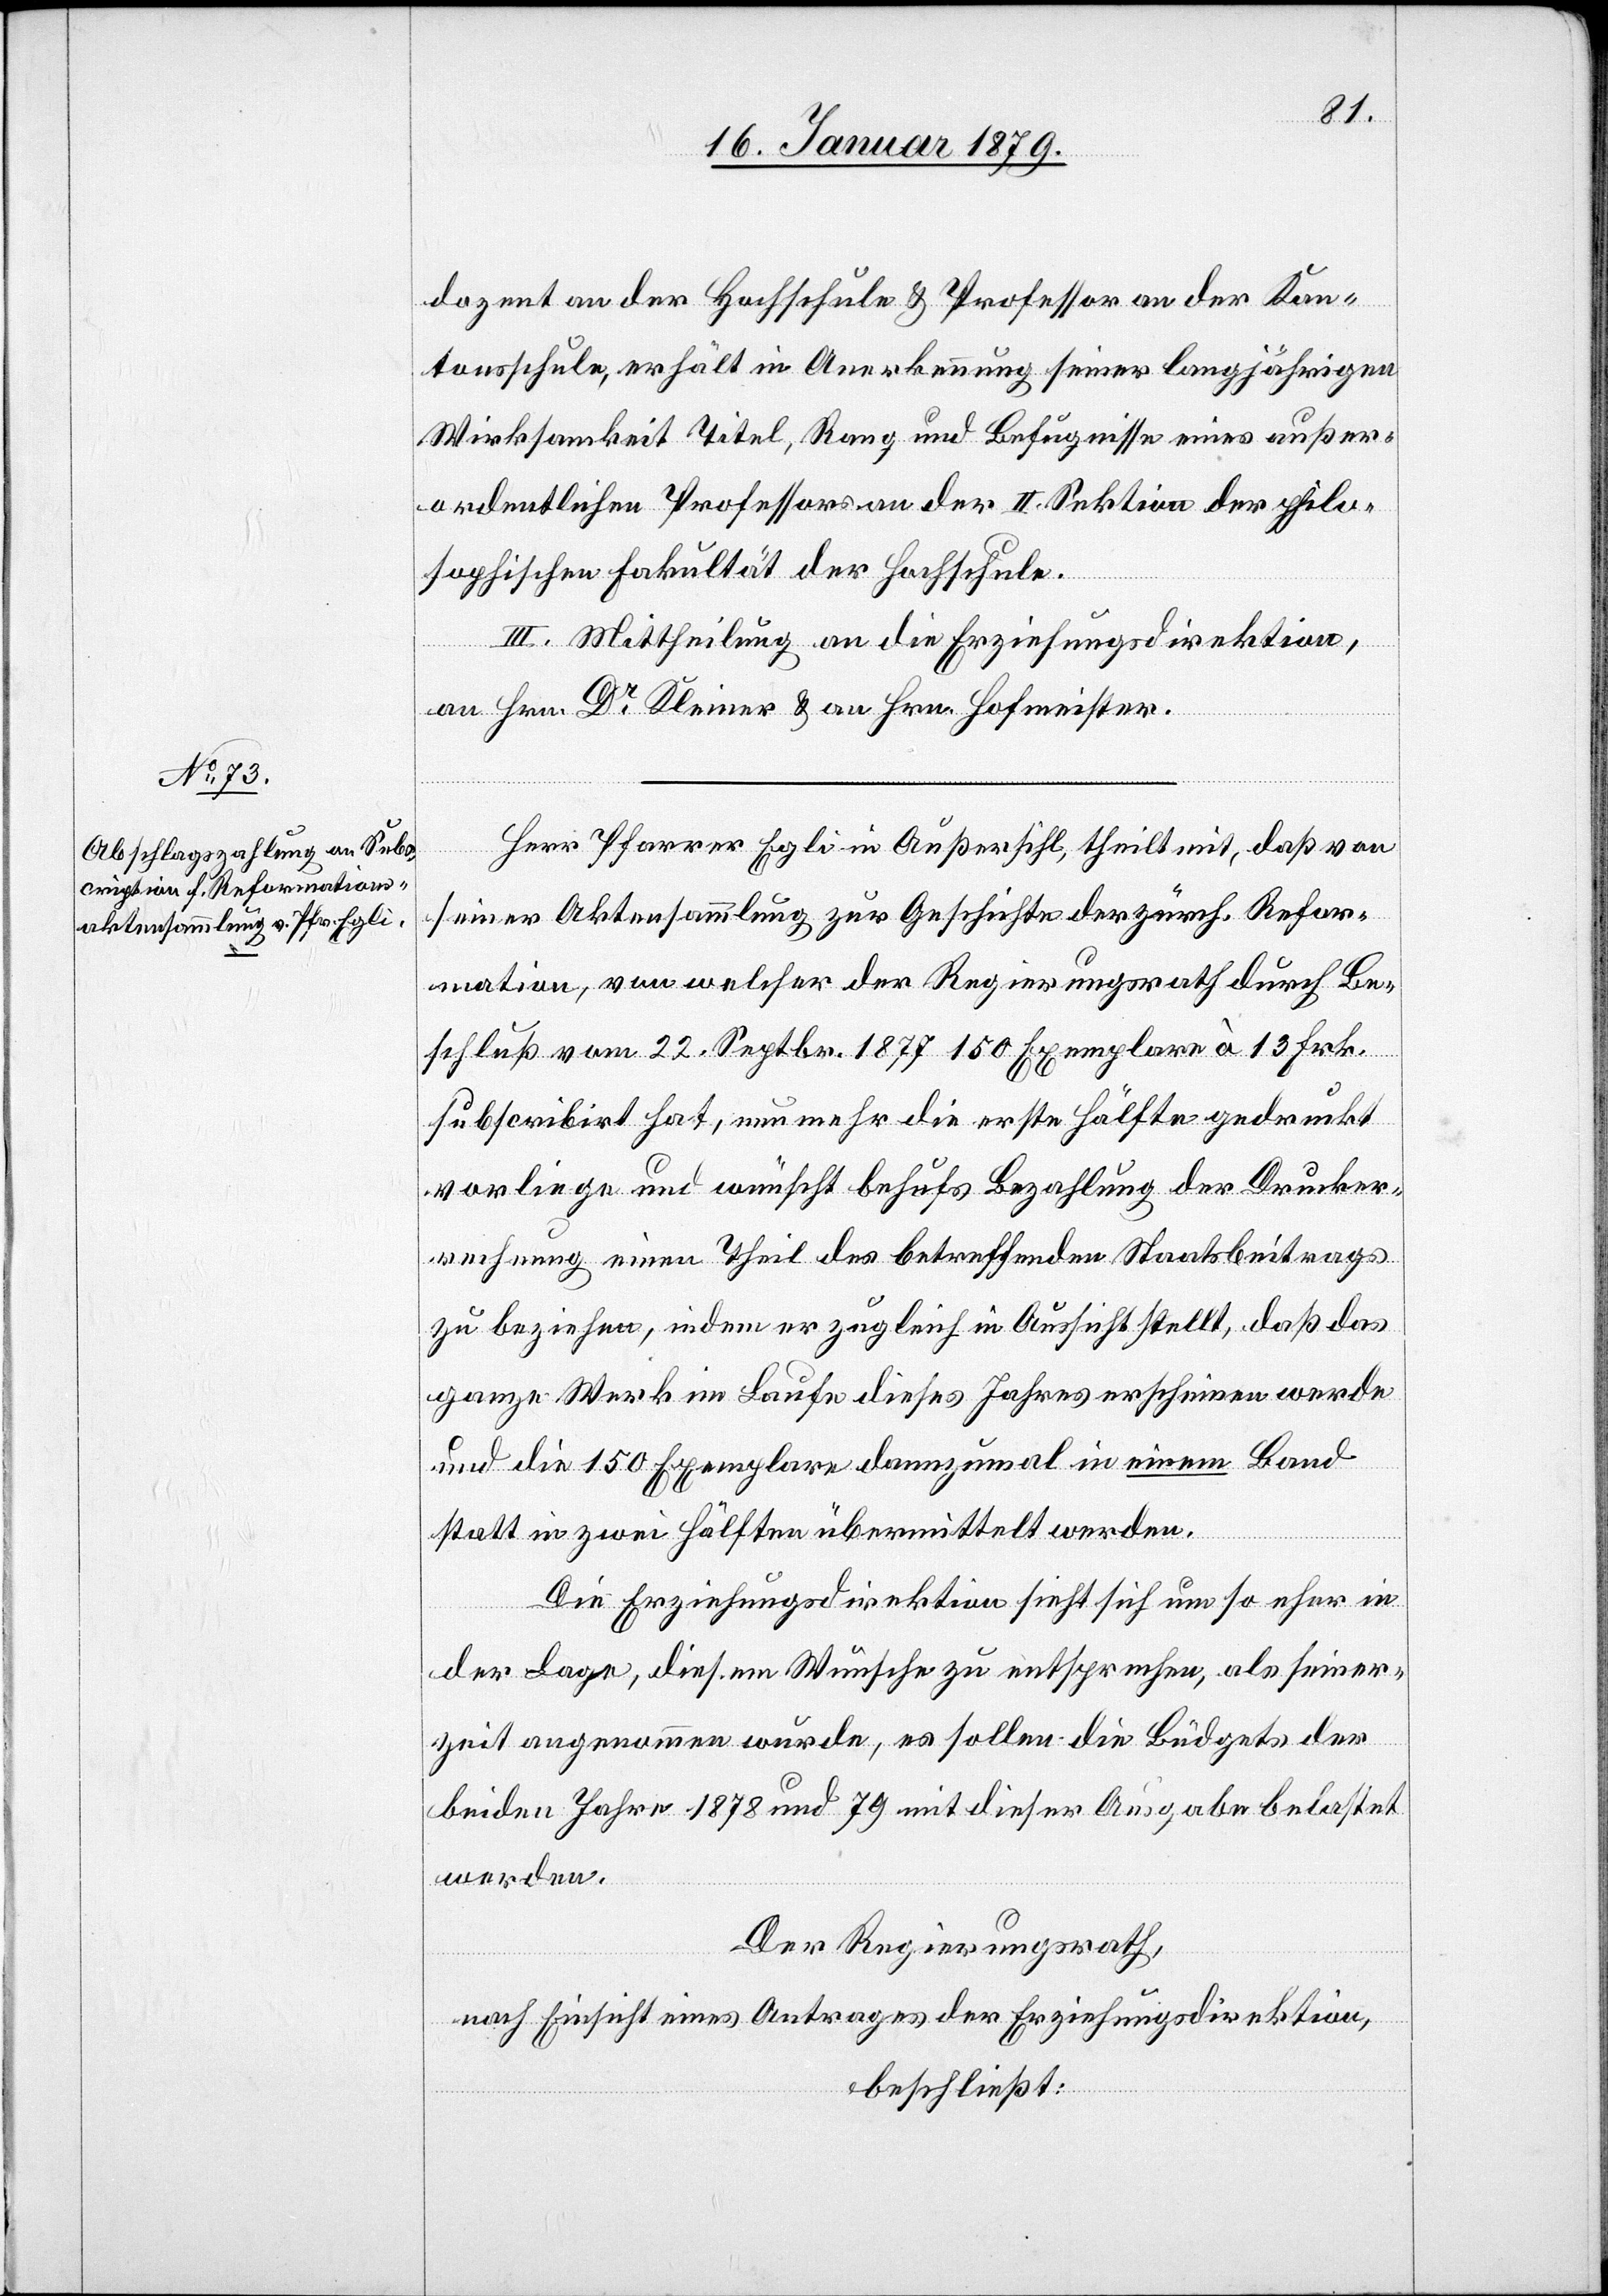
dozent an der Hochschule & Professor an der Kan¬
tonsschule, erhält in Anerkennung seiner langjährigen
Wirksamkeit Titel, Rang und Befugnisse eines außer¬
ordentlichen Professors an der II. Sektion der philo¬
sophischen Fakultät der Hochschule.
III. Mittheilung an die Erziehungsdirektion,
an Hrn. Dr Kleiner & an Hrn. Hofmeister.
Herr Pfarrer Egli in Außersihl, theilt mit, daß von
seiner Aktensammlung zur Geschichte der zürch. Refor¬
mation, von welcher der Regierungsrath durch Be¬
schluß vom 22. Septbr. 1877 150 Exemplare à 13 Frk.
subscribirt hat, nunmehr die erste Hälfte gedruckt
vorliege und wünscht behufs Bezahlung der Drucker¬
rechnung einen Theil des betreffenden Staatsbeitrags
zu beziehen, indem er zugleich in Aussicht stellt, daß das
ganze Werk im Laufe dieses Jahres erscheinen werde
und die 150 Exemplare dannzumal in einem Band
statt in zwei Hälften übermittelt werden.
Die Erziehungsdirektion sieht sich um so eher in
der Lage, diesen Wünschen zu entsprechen, als seiner¬
zeit angenommen wurde, es sollen die Büdgets der
beiden Jahre 1878 und 1879 mit dieser Ausgabe belastet
werden.
Der Regierungsrath,
nach Einsicht eines Antrages der Erziehungsdirektion,
beschließt: